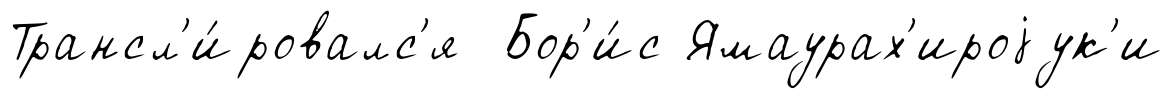
Трансл'и́ровалс'я Бор'и́с Ямаурах'ироjук'и